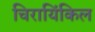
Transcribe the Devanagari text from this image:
चिरायिंकिल